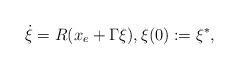
LaTeX: \begin{align*}\dot\xi = R(x_e + \Gamma \xi ), \xi(0):= \xi^*,\end{align*}